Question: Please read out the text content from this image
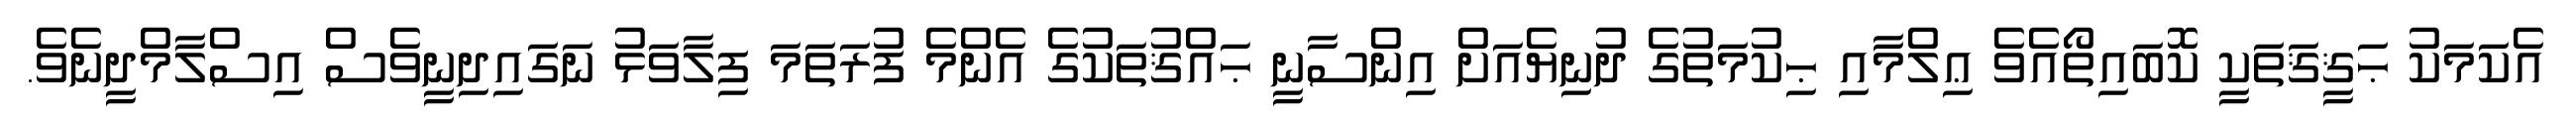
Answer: އެކަމަކު ޙަޤީޤަތަކީ ކޮބައިތޯއެވެ ޢިލްމާއި ޙިކުމަތުގެ ދުނިޔެއަށް އިންސާނީ ޙައްޤުތަކުގެ އެންމެ ފުރަތަމަ ފިލާވަޅު ނަގައިދިނީވެސް އިސްލާމްދީނެވެ.